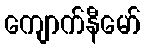
ကျောက်နီမော်